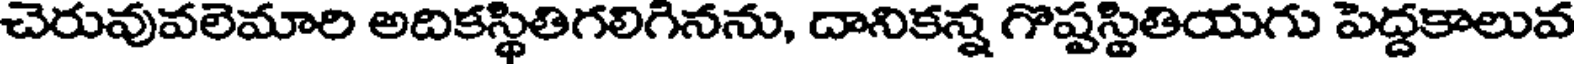
చెరువువలెమారి అదికస్థితిగలిగినను, దానికన్న గొష్టస్థితియగు పెద్దకాలువ